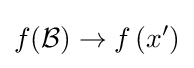
f({\mathcal {B}})\to f\left(x^{\prime }\right)